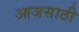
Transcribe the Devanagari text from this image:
आजसाठी